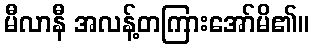
မီလာနီ အလန့်တကြားအော်မိ၏။